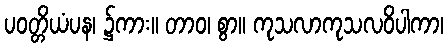
ပဝတ္တိယံပန၊ ၌ကား။ တာဝ၊ စွာ။ ကုသလာကုသလဝိပါကာ၊